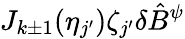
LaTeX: J_{k\pm 1}(\eta_{j^{\prime}})\zeta_{j^{\prime}}\delta\hat{B}^{\psi}